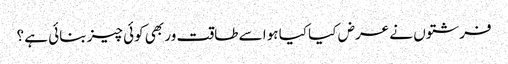
فرشتوں نے عرض کیا کیا ہوا سے طاقت ور بھی کوئی چیز بنائی ہے ؟